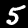
Digit: 5